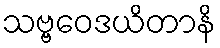
သဗ္ဗဝေဒယိတာနိ